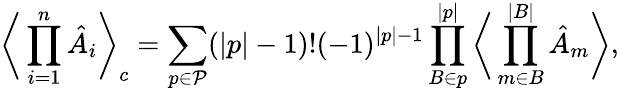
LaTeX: \bigg\langle\prod_{i=1}^{n}\hat{A}_{i}\bigg\rangle_{c}=\sum_{p\in\mathcal{P}}(|p|-1)!(-1)^{|p|-1}\prod_{B\in p}^{|p|}\bigg\langle\prod_{m\in B}^{|B|}\hat{A}_{m}\bigg\rangle,